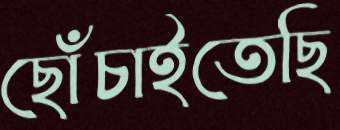
ছোঁচাইতেছি